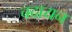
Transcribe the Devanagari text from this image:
चदायन